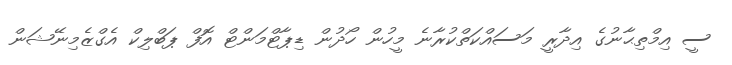
ސީ އިމްތިޙާނުގެ އިދާރީ މަސައްކަތްކުރާނެ މީހުން ހޯދުން ޑިޕާޓްމަންޓް އޮފް ޕަބްލިކް އެގްޒެމިނޭޝަން